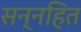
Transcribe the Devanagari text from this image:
सन्नहित